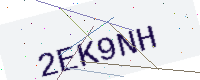
Text: 2EK9NH